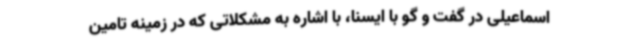
اسماعیلی در گفت و گو با ایسنا، با اشاره به مشکلاتی که در زمینه تامین